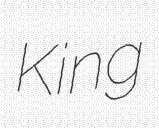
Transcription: King